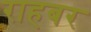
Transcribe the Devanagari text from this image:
राहबर